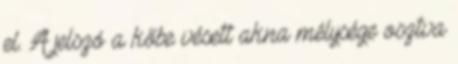
el. A jelszó a kőbe vésett akna mélysége osztva